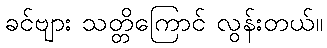
ခင်ဗျား သတ္တိကြောင် လွန်းတယ်။